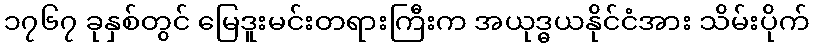
၁၇၆၇ ခုနှစ်တွင် မြေဒူးမင်းတရားကြီးက အယုဒ္ဓယနိုင်ငံအား သိမ်းပိုက်